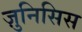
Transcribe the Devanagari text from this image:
ज़ुनिसिस